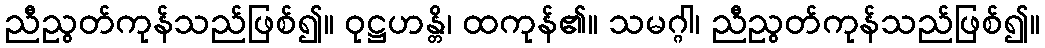
ညီညွတ်ကုန်သည်ဖြစ်၍။ ဝုဋ္ဌဟန္တိ၊ ထကုန်၏။ သမဂ္ဂါ၊ ညီညွတ်ကုန်သည်ဖြစ်၍။